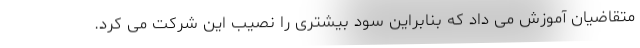
متقاضیان آموزش می داد که بنابراین سود بیشتری را نصیب این شرکت می کرد.